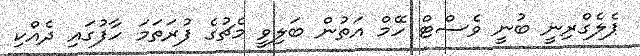
ޕެލެގްރިނީ ބުނީ ވެސްޓް ހޭމް އަތުން ބަލިވީ މެޗުގެ ފުރަތަމަ ހާފުގައި ދެއްކި